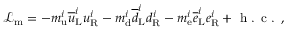
{ \mathcal { L } } _ { \mathrm { m } } = - m _ { \mathrm { u } } ^ { i } { \overline { { u } } } _ { \mathrm { L } } ^ { i } u _ { \mathrm { R } } ^ { i } - m _ { \mathrm { d } } ^ { i } { \overline { { d } } } _ { \mathrm { L } } ^ { i } d _ { \mathrm { R } } ^ { i } - m _ { \mathrm { e } } ^ { i } { \overline { { e } } } _ { \mathrm { L } } ^ { i } e _ { \mathrm { R } } ^ { i } + { \textrm { h . c . } } ,